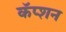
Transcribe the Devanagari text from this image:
कॅप्शन